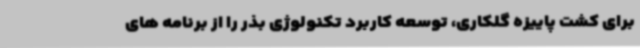
برای کشت پاییزه گلکاری، توسعه کاربرد تکنولوژی بذر را از برنامه های